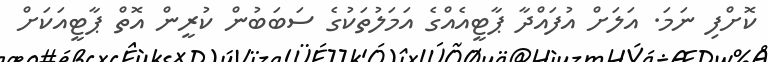
ކޮށްފި ނަމަ. އަލަށް އުފައްދާ ޕާޓީއެއްގެ އަމަލުތަކުގެ ސަބަބުން ކުރީން އޮތް ޕާޓީއަކަށް